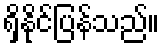
ရှိနိုင်ပြန်သည်။